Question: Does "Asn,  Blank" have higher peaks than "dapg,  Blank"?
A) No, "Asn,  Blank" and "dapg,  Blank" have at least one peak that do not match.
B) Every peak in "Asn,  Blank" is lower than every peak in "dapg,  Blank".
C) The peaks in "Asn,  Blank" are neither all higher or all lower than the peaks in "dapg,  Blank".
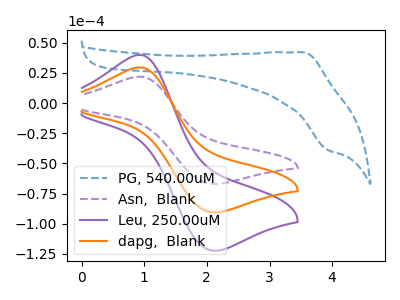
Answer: <think>The blue dashed curve "PG, 540.00uM" has an anodic peak at (3.55V, 42.15uA) and a cathodic peak at (3.95V, -38.85uA). The purple dashed curve "Asn,  Blank" has an anodic peak at (0.95V, 21.90uA) and a cathodic peak at (2.10V, -66.85uA). The purple curve "Leu, 250.00uM" has an anodic peak at (0.95V, 59.15uA) and a cathodic peak at (2.10V, -180.80uA). The orange curve "dapg,  Blank" has an anodic peak at (0.95V, 29.60uA) and a cathodic peak at (2.10V, -90.40uA).</think>
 <answer>B) Every peak in "Asn,  Blank" is lower than every peak in "dapg,  Blank".</answer>
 <eval>B</eval>